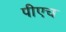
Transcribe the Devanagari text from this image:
पीएच